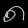
Digit: ၈